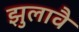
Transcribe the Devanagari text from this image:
झुलावै